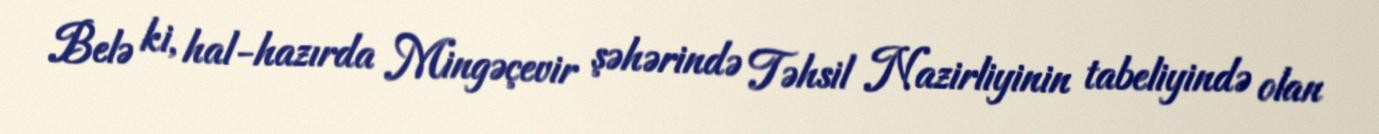
Belə ki, hal-hazırda Mingəçevir şəhərində Təhsil Nazirliyinin tabeliyində olan